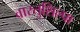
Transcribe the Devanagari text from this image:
वास्तुशिल्पा